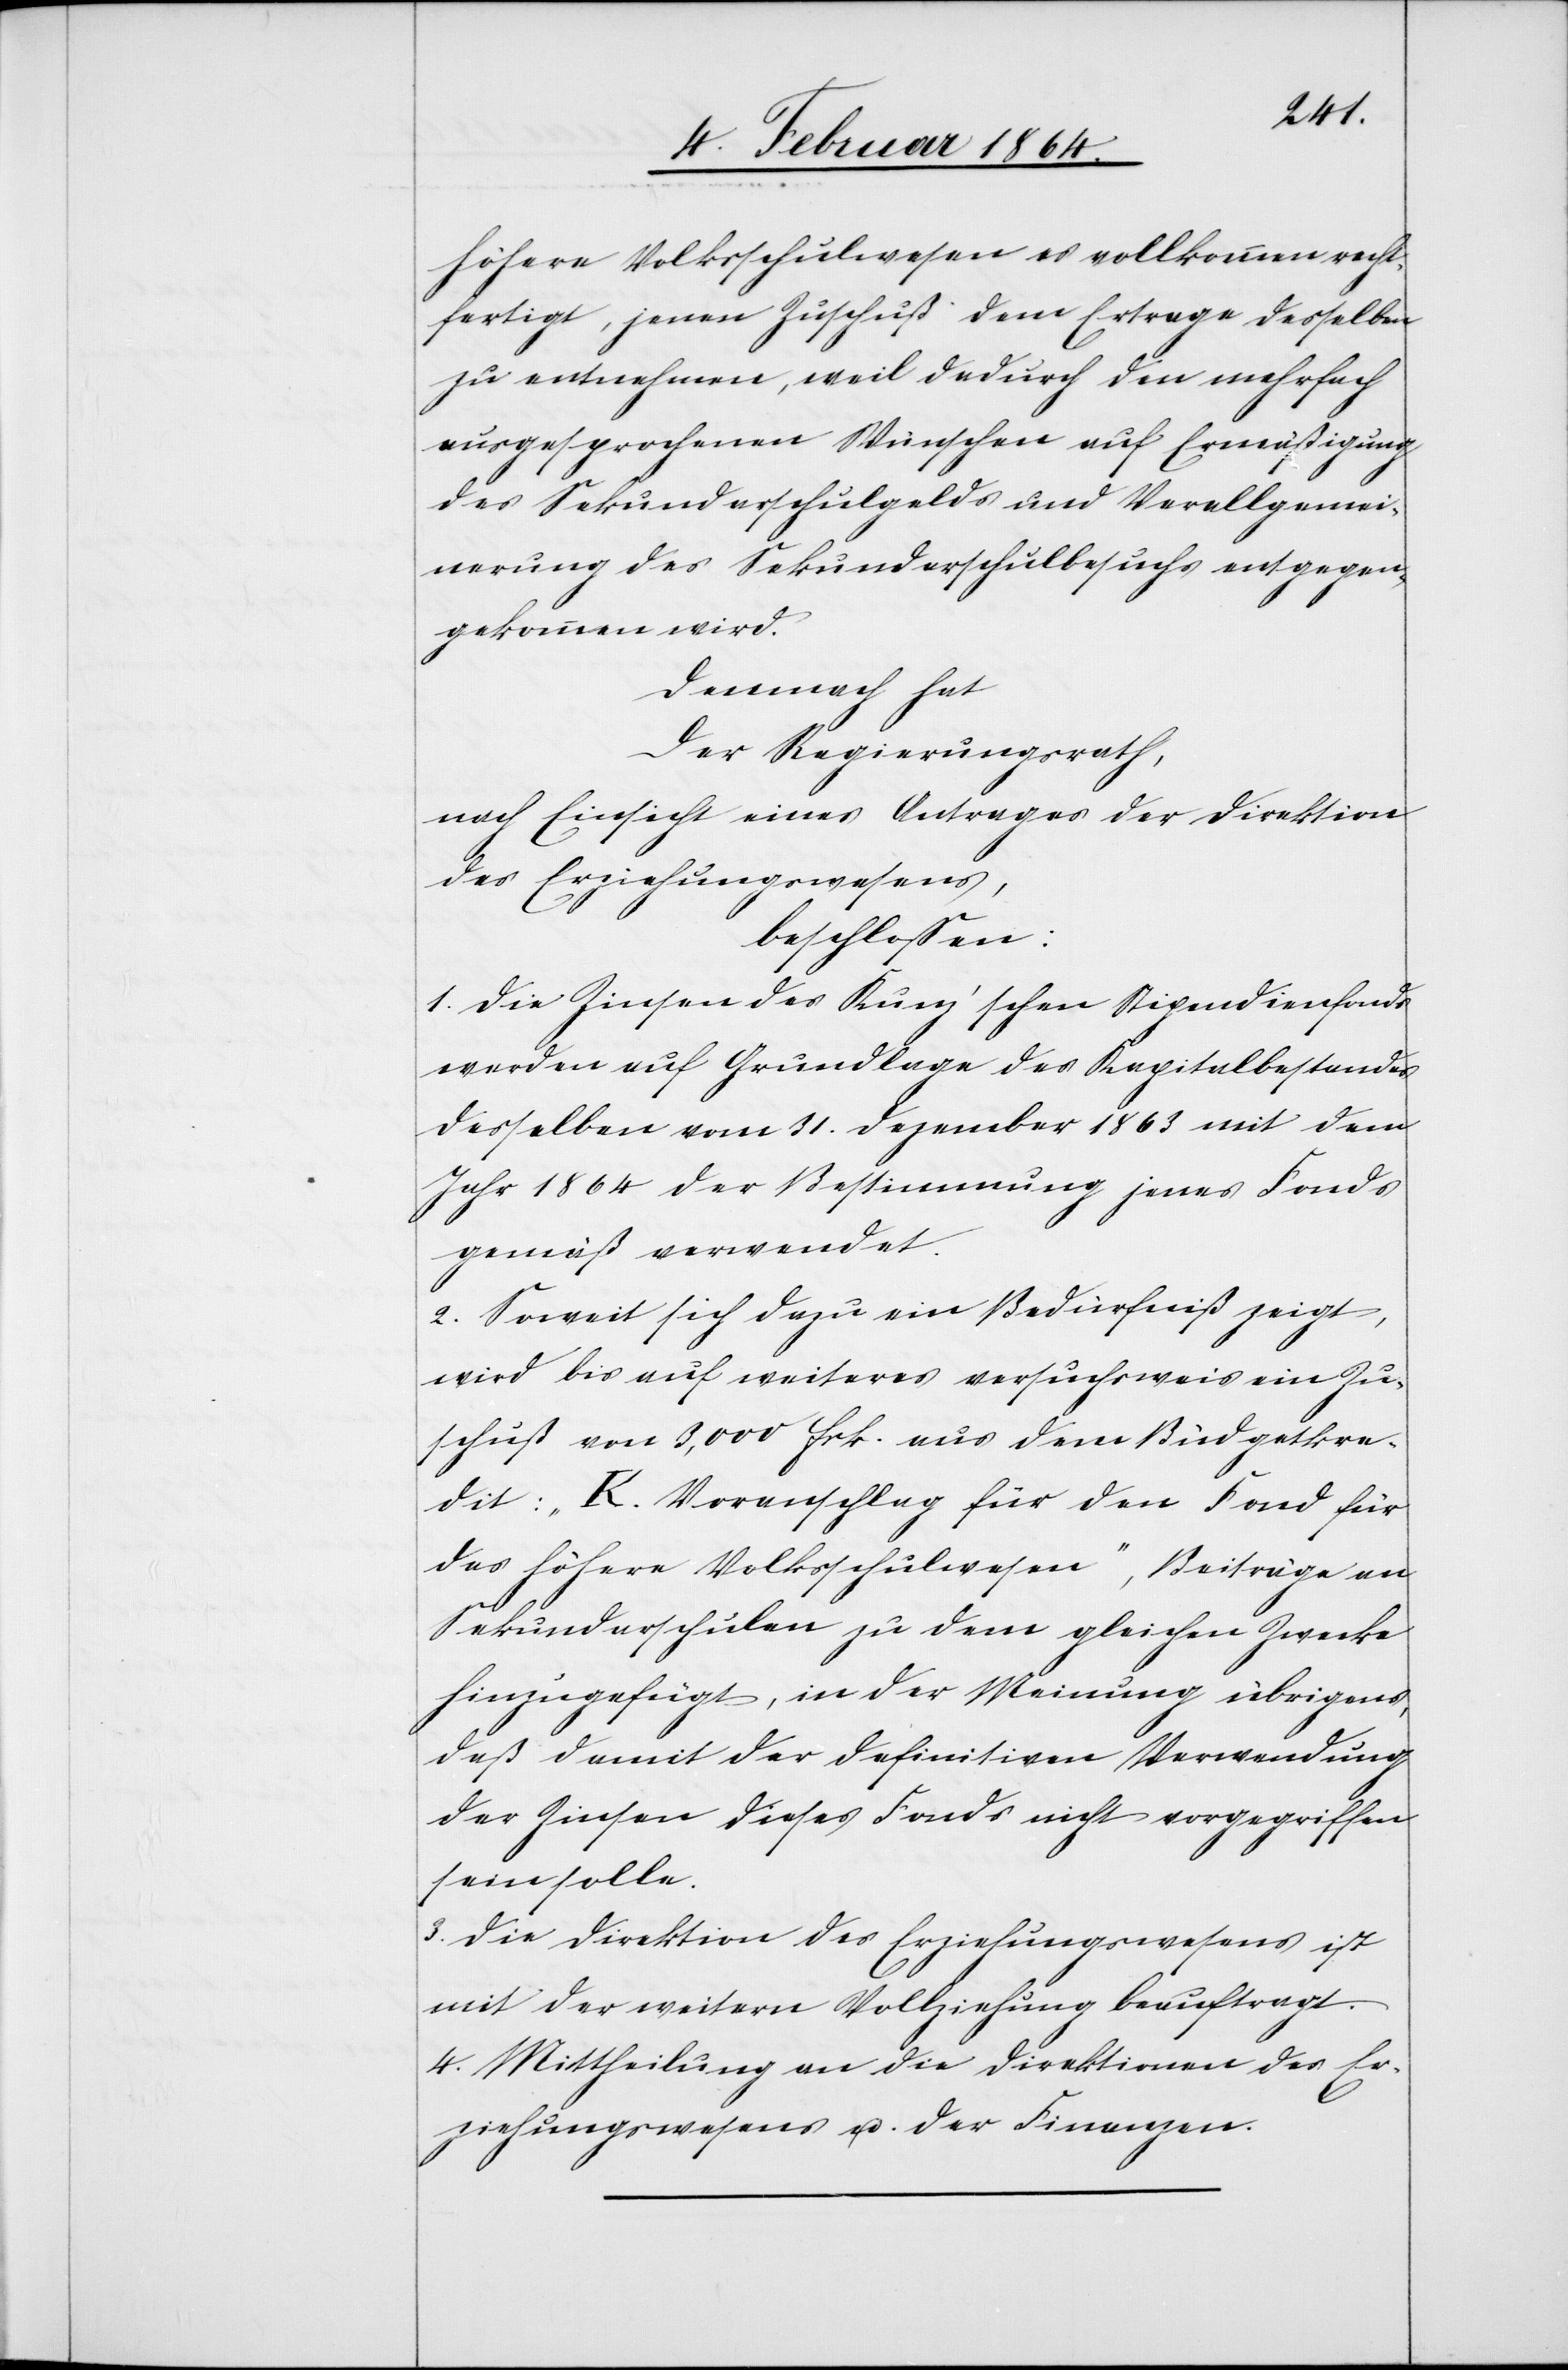
recht¬
fertigt, jenen Zuschuß dem Ertrage desselben
zu entnehmen, weil dadurch den mehrfach
ausgesprochenen Wünschen auf Ermäßigung
des Sekundarschulgelds und Verallgemei¬
nerung des Sekundarschulbesuchs entgegen¬
gekommen wird.
Demnach hat
Der Regierungsrath,
nach Einsicht eines Antrages der Direktion
des Erziehungswesens,
beschlossen:
1. Die Zinsen des Kunz’schen Stipendienfonds
werden auf Grundlage des Kapitalbestandes
desselben vom 31. Dezember 1863 mit dem
Jahr 1864 der Bestimmung jenes Fonds
gemäß verwendet.
2. Soweit sich dazu ein Bedürfniß zeigt,
wird bis auf weiteres versuchsweise ein Zu¬
schuß von 3,000 Frk. aus dem Budgetkre¬
dit: „K. Voranschlag für den Fond für
das höhere Volksschulwesen“, Beiträge an
Sekundarschulen zu dem gleichen Zwecke
hinzugefügt, in der Meinung übrigens,
daß damit der definitiven Verwendung
der Zinsen dieses Fonds nicht vorgegriffen
sein solle.
3. Die Direktion des Erziehungswesens ist
mit der weitern Vollziehung beauftragt.
4. Mittheilung an die Direktionen des Er¬
ziehungswesens u. der Finanzen.